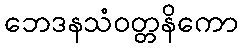
ဘေဒနသံဝတ္တနိကော